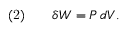
{ \mathrm { ( 2 ) } } \qquad \delta W = P \, d V .